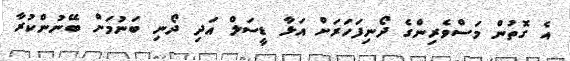
އެ ގޮތުން މަސްވެރިންގެ ދޯނިފަހަރަށް އަޅާ ޑީސަލް އަދި ދޯނި ބަނުމަށް ބޭނުންކުރާ